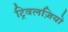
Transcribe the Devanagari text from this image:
ट्रिवलज़ियो